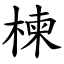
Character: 楝